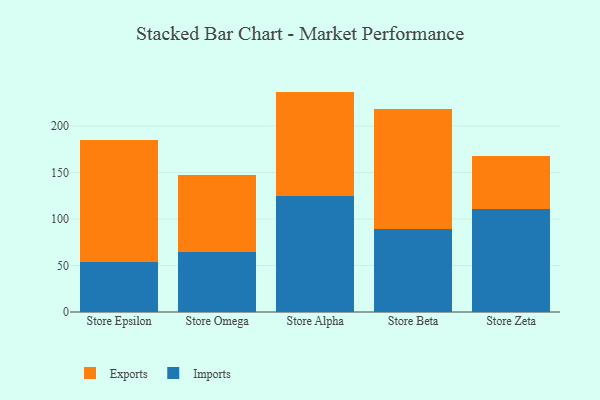
{"axis": {"x": "Store", "y": "Production Output"}, "legend": ["Exports", "Imports"], "data": [{"x": "Store Epsilon", "y": 54.3, "type": "Imports"}, {"x": "Store Epsilon", "y": 130.8, "type": "Exports"}, {"x": "Store Omega", "y": 64.4, "type": "Imports"}, {"x": "Store Omega", "y": 83.0, "type": "Exports"}, {"x": "Store Alpha", "y": 125.0, "type": "Imports"}, {"x": "Store Alpha", "y": 112.1, "type": "Exports"}, {"x": "Store Beta", "y": 89.7, "type": "Imports"}, {"x": "Store Beta", "y": 128.7, "type": "Exports"}, {"x": "Store Zeta", "y": 110.8, "type": "Imports"}, {"x": "Store Zeta", "y": 56.9, "type": "Exports"}]}